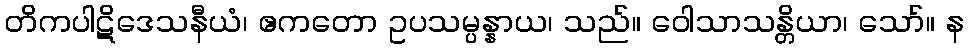
တိကပါဋိဒေသနီယံ၊ ဧကတော ဥပသမ္ပန္နာယ၊ သည်။ ဝေါသာသန္တိယာ၊ သော်။ န